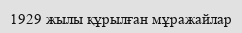
1929 жылы құрылған мұражайлар